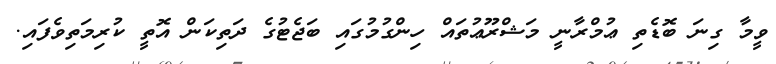
ވީމާ ގިނަ ބޮޑެތި ޢުމްރާނީ މަޝްރޫޢުތައް ހިންގުމުގައި ބަޖެޓުގެ ދަތިކަން އޮތީ ކުރިމަތިވެފައި.